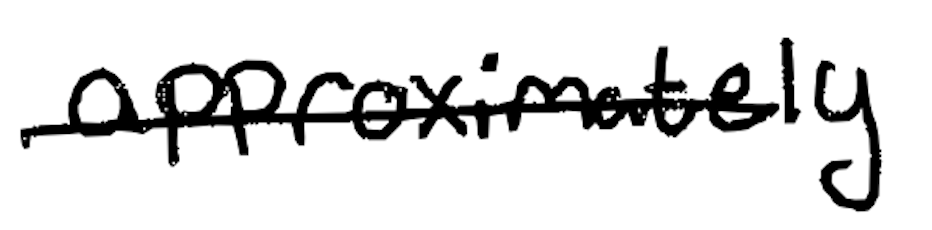
Text: approximately
Cross-out: single-line
Writing tool: digital_black